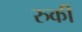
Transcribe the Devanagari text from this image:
रुर्की